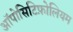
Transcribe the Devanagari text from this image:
ऑपोसिटिफ़ोलियम